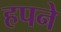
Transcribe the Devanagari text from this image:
हपने